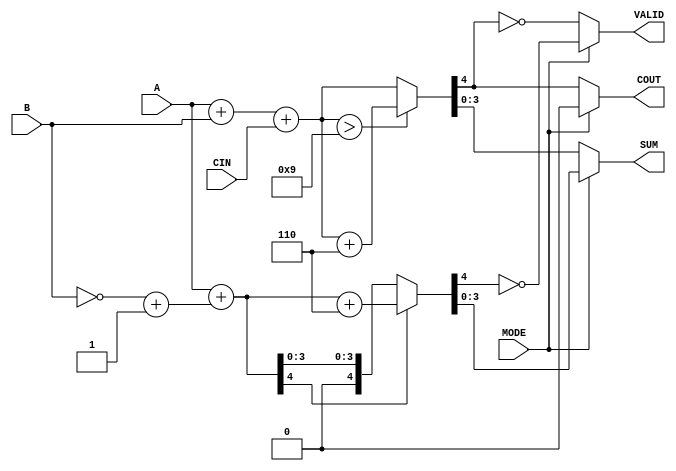
module BCD_Add_Subtracter (
    input  wire [3:0] A,      // First BCD operand
    input  wire [3:0] B,      // Second BCD operand
    input  wire MODE,         // Mode: 0 for addition, 1 for subtraction
    input  wire CIN,          // Carry-in for addition
    output reg  [3:0] SUM,    // BCD result
    output reg  COUT,         // Carry-out for addition
    output reg  VALID         // Valid BCD output
);

    wire [4:0] sum;           // 5-bit sum to accommodate carry
    wire [4:0] sub;           // 5-bit result for subtraction
    wire [4:0] corrected_sum; // Corrected sum for BCD
    wire [4:0] corrected_sub; // Corrected result for BCD

    // Perform binary addition
    assign sum = A + B + CIN;

    // Perform binary subtraction using two's complement
    assign sub = A + (~B + 1'b1); // A + (2's complement of B)

    // Correction for addition if sum exceeds 9
    assign corrected_sum = (sum > 9) ? (sum + 5'd6) : sum;

    // Correction for subtraction if result is negative
    assign corrected_sub = (sub[4] == 1'b1) ? (sub + 5'd6) : sub;

    always @(*) begin
        if (MODE == 1'b0) begin // Addition
            SUM = corrected_sum[3:0]; // Take lower 4 bits
            COUT = corrected_sum[4];   // Carry-out
            VALID = (corrected_sum[4] == 1'b0); // Valid if no carry-out
        end else begin // Subtraction
            SUM = corrected_sub[3:0]; // Take lower 4 bits
            COUT = 1'b0;               // No carry-out in subtraction
            VALID = (corrected_sub[4] == 1'b0); // Valid if no negative result
        end
    end

endmodule